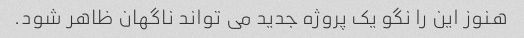
هنوز این را نگو یک پروژه جدید می تواند ناگهان ظاهر شود.